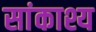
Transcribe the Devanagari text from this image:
सांकाश्य